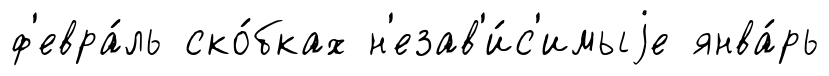
ф'евра́ль ско́бках н'езав'и́с'имыjе янва́рь